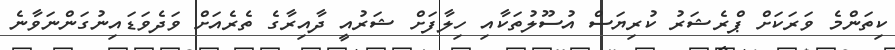
ކިތަންމެ ވަރަކަށް ޕްރެޝަރު ކުރިޔަސް އުސޫލުތަކާއި ހިލާފަށް ޝަރުއީ ދާއިރާގެ ތެރެއަށް ވަދެވަޑައިނުގަންނަވާނެ